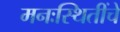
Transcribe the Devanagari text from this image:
मनःस्थितींचे